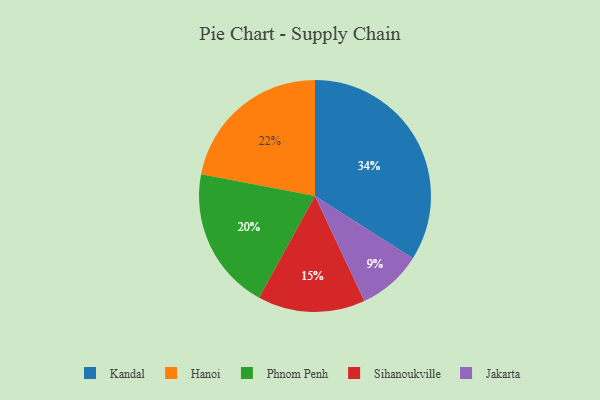
{"axis": {"x": "Category", "y": "Percentage"}, "legend": ["Hanoi", "Jakarta", "Kandal", "Phnom Penh", "Sihanoukville"], "data": [{"x": "Hanoi", "y": 22, "type": "Hanoi"}, {"x": "Kandal", "y": 34, "type": "Kandal"}, {"x": "Jakarta", "y": 9, "type": "Jakarta"}, {"x": "Sihanoukville", "y": 15, "type": "Sihanoukville"}, {"x": "Phnom Penh", "y": 20, "type": "Phnom Penh"}]}